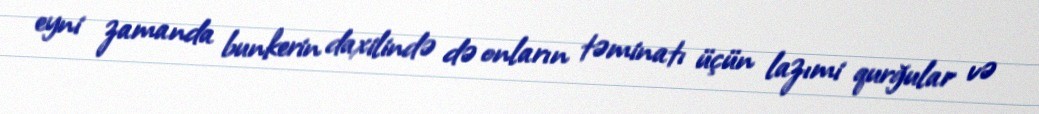
eyni zamanda bunkerin daxilində də onların təminatı üçün lazımi qurğular və